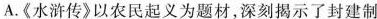
A.《水浒传》以农民起义为题材，深刻揭示了封建制